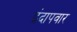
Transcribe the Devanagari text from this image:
इंदापवार